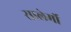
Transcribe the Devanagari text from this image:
सालेर्मो